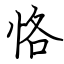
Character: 恪